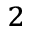
_ 2